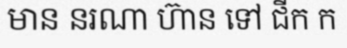
មាន នរណា ហ៊ាន ទៅ ជីក ក